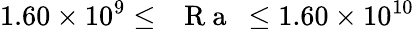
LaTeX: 1.60\times 10^{9}\leq\mathrm{~\textit~{~R~a~}~}\leq 1.60\times 10^{10}